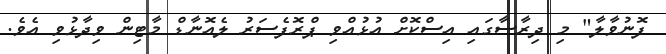
ފޮނުވާލާ" މި ދިރާސާގައި އިސްކޮށް އުޅުއްވި ޕްރޮފެސަރު ލެއޮނާޑް މާޓިން ވިދާޅުވި އެވެ.